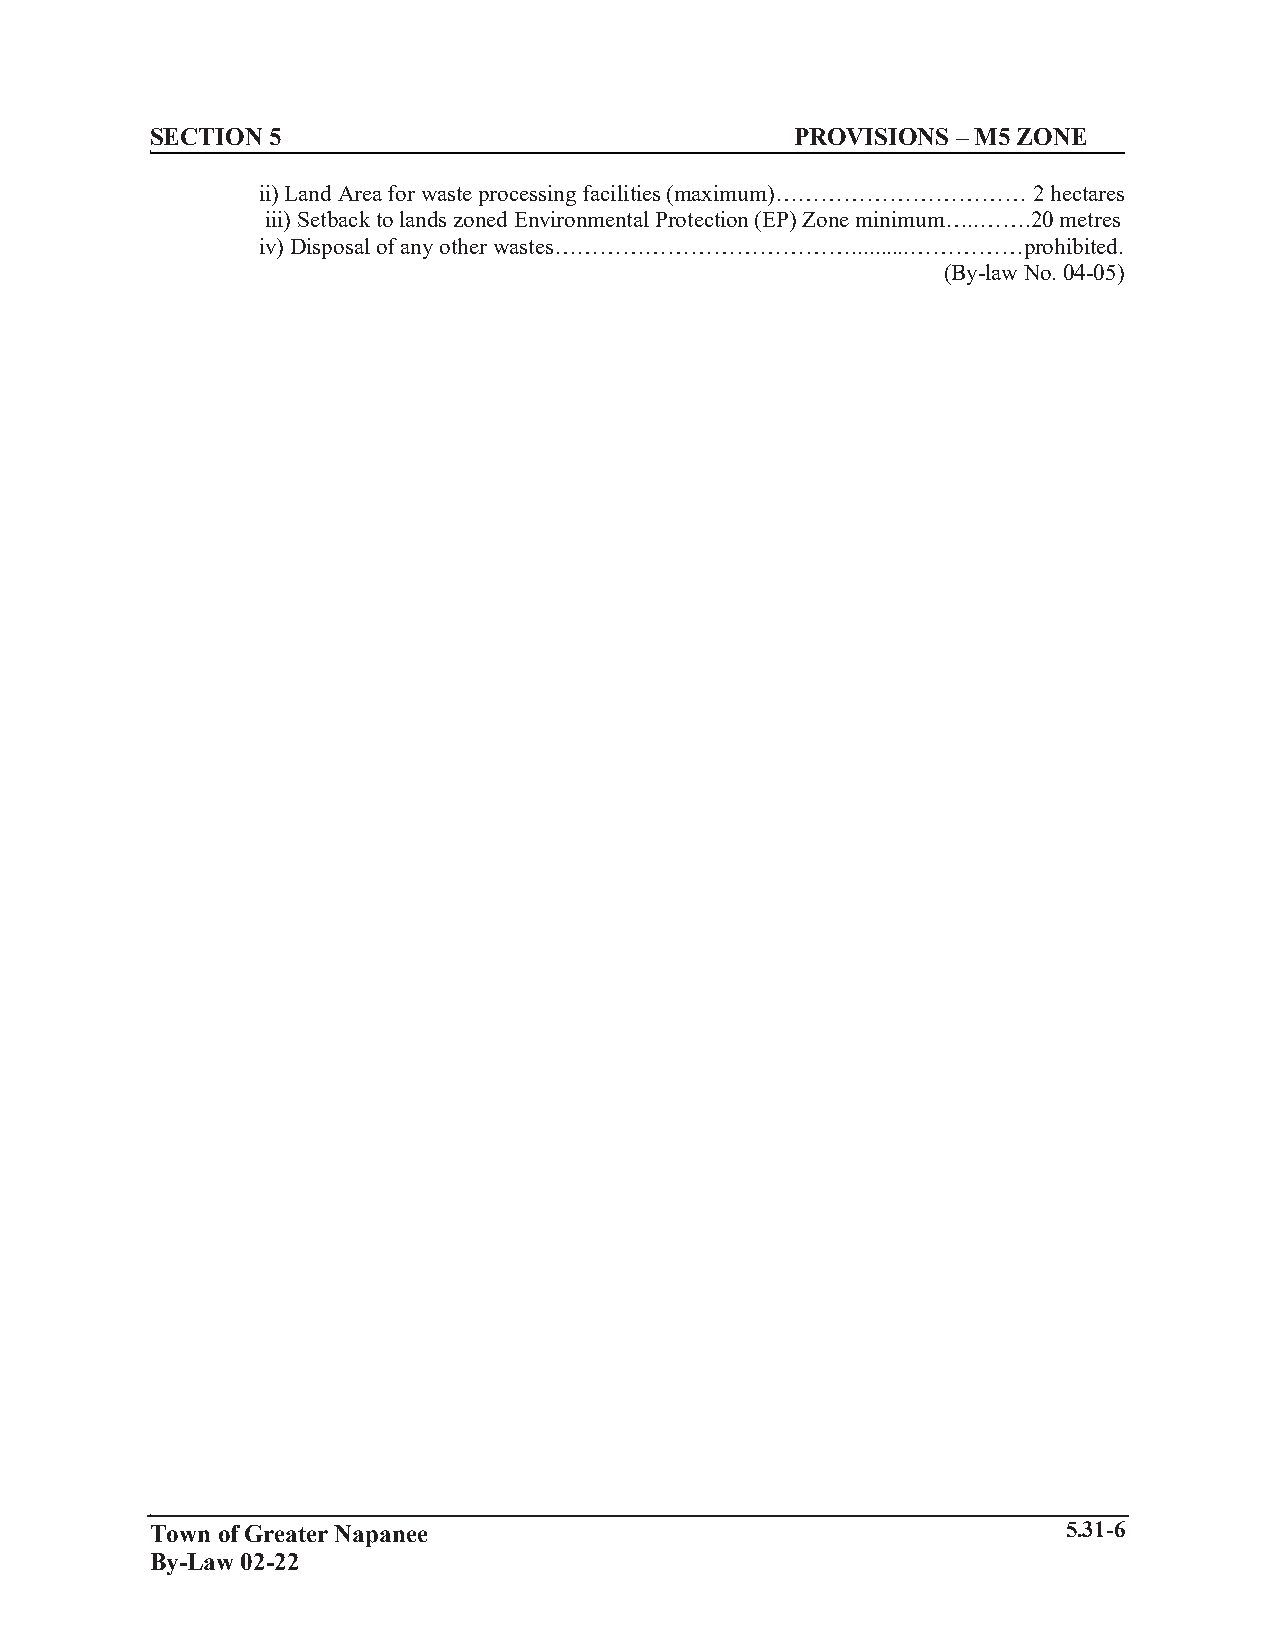
SECTION 5                                  PROVISIONS – M5 ZONE
 ii) Land Area for waste processing facilities (maximum)…………………………… 2 hectares
 iii) Setback to lands zoned Environmental Protection (EP) Zone minimum…..…….20 metres
 iv) Disposal of any other wastes…………………………………..........……………prohibited.
 (By-law No. 04-05)
 Town of Greater Napanee                                      5.31-6
 By-Law 02-22